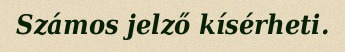
Számos jelző kísérheti.